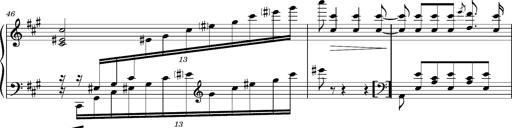
Title: Cavatine de Robert le Diable
Composer: Franz Liszt
Key: F-sharp minor